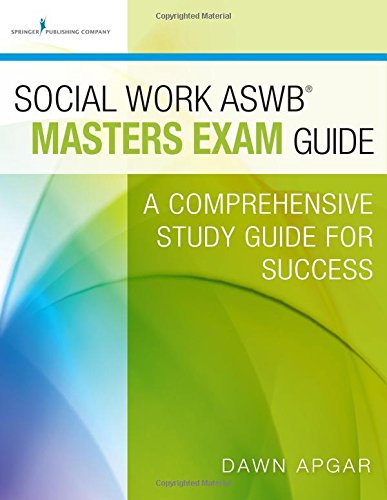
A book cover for Social Work ASWB Masters Exam Guide: A Comprehensive Study Guide for Success; Dr. Dawn Apgar PhD  LSW  ACSW; Test Preparation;